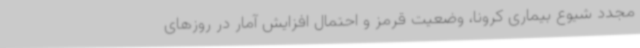
مجدد شیوع بیماری کرونا، وضعیت قرمز و احتمال افزایش آمار در روزهای